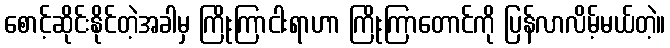
စောင့်ဆိုင်းနိုင်တဲ့အခါမှ ကြိုးကြာငါးရာဟာ ကြိုးကြာတောင်ကို ပြန်လာလိမ့်မယ်တဲ့။